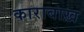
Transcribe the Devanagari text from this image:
काराबाख़